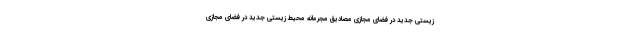
زیستی جدید در فضای مجازی مصادیق مجرمانه محیط‌ زیستی جدید در فضای مجازی